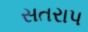
સતરાપ